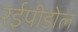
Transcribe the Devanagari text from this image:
रईपीडोल